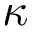
\kappa